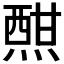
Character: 𤍰